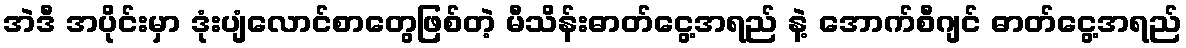
အဲဒီ အပိုင်းမှာ ဒုံးပျံလောင်စာတွေဖြစ်တဲ့ မီသိန်းဓာတ်ငွေ့အရည် နဲ့ အောက်စီဂျင် ဓာတ်ငွေ့အရည်